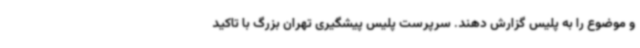
و موضوع را به پلیس گزارش دهند. سرپرست پلیس پیشگیری تهران بزرگ با تاکید